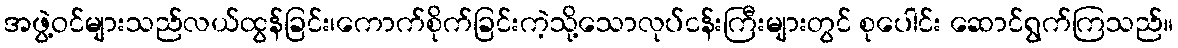
အဖွဲ့ဝင်များသည်လယ်ထွန်ခြင်း၊ကောက်စိုက်ခြင်းကဲ့သို့သောလုပ်ငန်းကြီးများတွင် စုပေါင်း ဆောင်ရွက်ကြသည်။